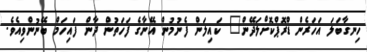
ހިނގާބަލަ އަހަރެން ޑްރޮޕްކޮށްލަދޭން" ކައިލަން ފެނުމުން އޭނާގެ ފަހަތުން ދާން ފައިހަމް ބޭނުންވިއެވެ.